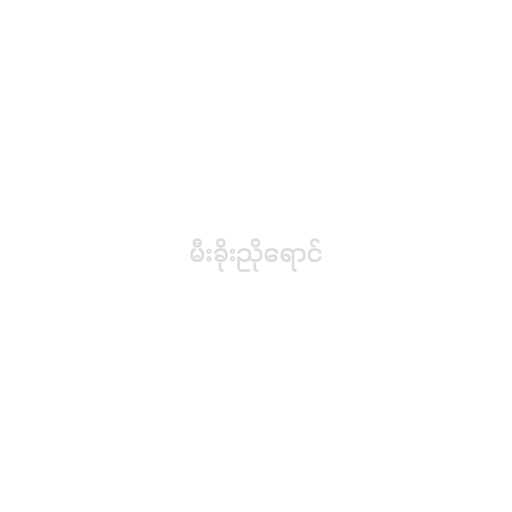
မီးခိုးညိုရောင်